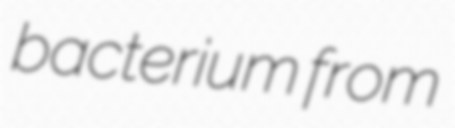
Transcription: bacterium from